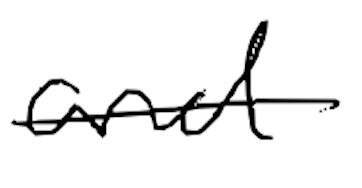
Text: and
Cross-out: single-line
Writing tool: digital_black